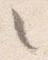
々